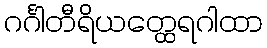
ဂင်္ဂါတီရိယတ္ထေရဂါထာ